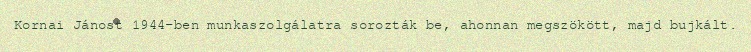
Kornai Jánost 1944-ben munkaszolgálatra sorozták be, ahonnan megszökött, majd bujkált.